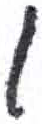
אות: ו